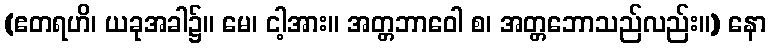
(ဧတရဟိ၊ ယခုအခါ၌။ မေ၊ ငါ့အား။ အတ္တဘာဝေါ စ၊ အတ္တဘောသည်လည်း။) နော